Vaccination returns of the Province of Eastern Bengal and Assam - 1905-1912
Year: 1905
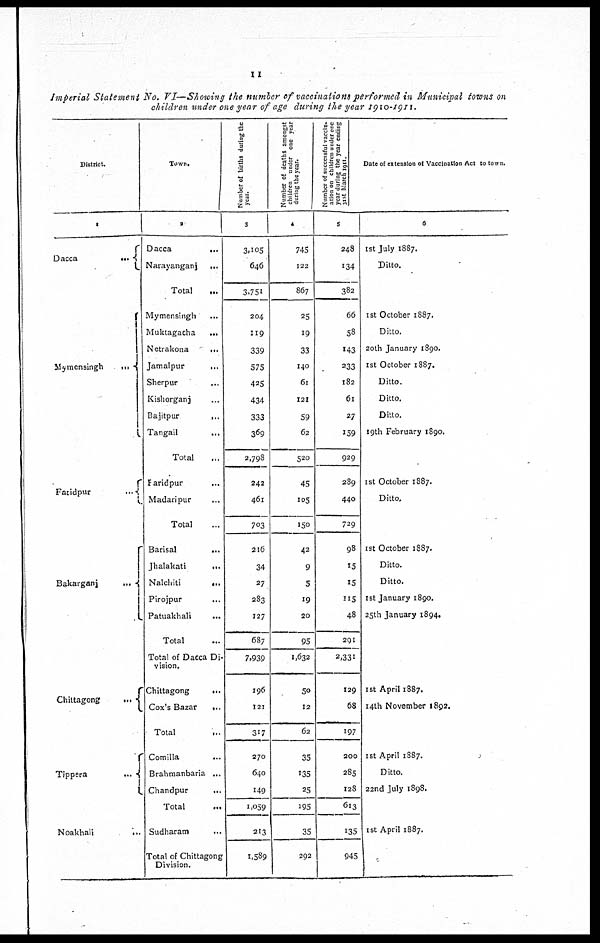
11
Imperial Statement No. VI—Showing the number of vaccinations performed in Municipal towns on
children under one year of age during the year 1910-1911.
District.
1
Dacca...
...
Mymensingh...
...
Fatidpur...
Bakarganj...
Chiltagong
...
Tippera...
Noakhali...
...
Town.
2
Dacca...
Narayanganj...
Total...
Mymensingh
...
Muktagacha
...
Netrakona...
Jamalpur...
Sherpur...
Kishorganj...
Bajitpur...
Tangail...
Total...
Faridpur...
Madaripur...
Total...
Barisal...
Jhalakati...
Nalchiti...
...
Pirojpur...
Patuakhali...
Total...
Total of Dacca Di-
vision.
Chittagong...
Cox's
Bazar...
Total...
Comilla... ...
Brahmanbaria...
Chandpur...
...
Total...
Sudharam... ...
Total of Chittagong
Division.
Number of births during the
year.
3
3,105
646
3,751
204
119
339
575
425
434
333
369
2,798
242
461
703
216
34
27
283
127
687
7,939
196
121
317
270
640
149
1,059
213
1,589
Number of deaths amongst
children under one year
during the year.
4
745
122
867
25
19
33
140
61
121
59
62
520
45
105
150
42
9
5
19
20
95
1,632
50
12
62
35
135
25
195
35
292
Number of successful vaccin-
ation on children under one
year during the year ending
31st March 1911.
5
248
134
382
66
58
143
233
182
61
27
159
929
289
440
729
98
15
15
115
48
291
2,331
129
68
197
200
285
128
613
135
945
Date of extension of Vaccination Act to town.
6
1st July 1887.
Ditto.
1 st October 1887.
Ditto.
20th January 1890.
1st October 1887.
Ditto.
Ditto.
Ditto.
19th February 1890.
1st October 1887.
Ditto.
1st October 1887.
Ditto.
Ditto.
1st January 1890.
25th January 1894.
1st April 1887.
14th November 1892.
1st April 1887.
Ditto.
22nd July 1898.
1st April 1887.